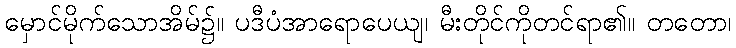
မှောင်မိုက်သောအိမ်၌။ ပဒီပံအာရောပေယျ၊ မီးတိုင်ကိုတင်ရာ၏။ တတော၊